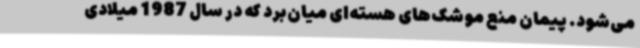
می‌شود. پیمان منع موشک‌های هسته‌ای میان‌برد که در سال 1987 میلادی